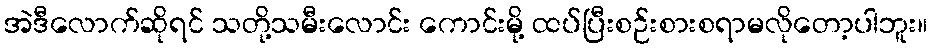
အဲဒီလောက်ဆိုရင် သတို့သမီးလောင်း ကောင်းမို့ ထပ်ပြီးစဉ်းစားစရာမလိုတော့ပါဘူး။